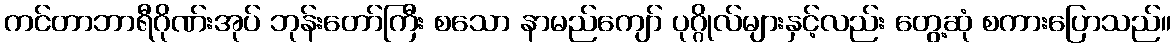
ကင်တာဘာရီဂိုဏ်းအုပ် ဘုန်းတော်ကြီး စသော နာမည်ကျော် ပုဂ္ဂိုလ်များနှင့်လည်း တွေ့ဆုံ စကားပြောသည်။